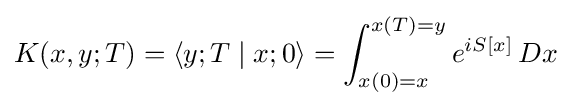
K(x,y;T)=\langle y;T\mid x;0\rangle =\int _{x(0)=x}^{x(T)=y}e^{iS[x]}\,Dx